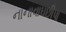
નાનાવાઘછીપા